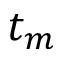
t _ { m }